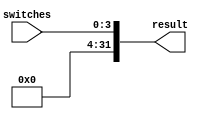
module in_port_translator (switches, result);
    input [3:0] switches;
    output [31:0] result;
    assign result = {28'b0,switches};
endmodule